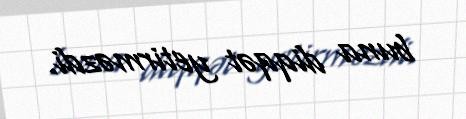
buna diqqət yetirməzdi.